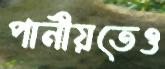
পানীয়তেও